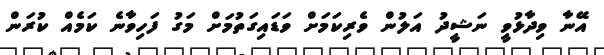
އޭނާ ވިދާޅުވީ ނަޝީދު އަލުން ވެރިކަމަށް ވަޑައިގަތުމަށް މަގު ފަހިވާނެ ކަމެއް ކުރަން